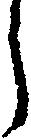
う